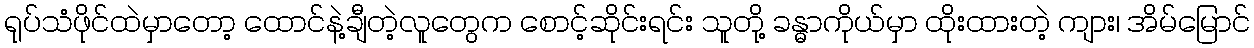
ရုပ်သံဖိုင်ထဲမှာတော့ ထောင်နဲ့ချီတဲ့လူတွေက စောင့်ဆိုင်းရင်း သူတို့ ခန္ဓာကိုယ်မှာ ထိုးထားတဲ့ ကျား၊ အိမ်မြောင်